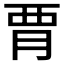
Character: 𧟩